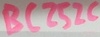
Text: BC252C